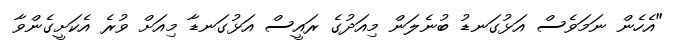
"އެހެން ނަމަވެސް އަޅުގަނޑު ބުނެލަން މިއަދުގެ ރައީސް އަޅުގަނޑާ މިއަށް ވުރެ އެކަށީގެންވާ